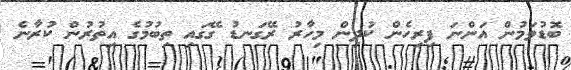
ބޮޑުވަމުން އަންނަ ފިރިހެން ކުދިން މިހާރު ރޭގަނޑު ގޭގައި ތިބުމުގެ އިތުރުން ކުރާނެ